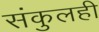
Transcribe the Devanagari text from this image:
संकुलही